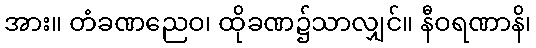
အား။ တံခဏညေဝ၊ ထိုခဏ၌သာလျှင်။ နီဝရဏာနိ၊